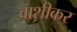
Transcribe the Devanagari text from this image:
वाशीकर